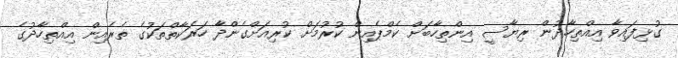
ގުޅިފައިވާ އިއްތިހާދުން ރިޔާސީ އިންތިހާބަށް ކެމްޕެއިން ކުރުމަށް ކުރިއަށްގެންދާ ހަރަކާތްތަކުގެ ތެރެއިން އިއްތިހާދުގެ